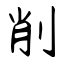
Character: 削